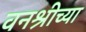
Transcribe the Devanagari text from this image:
वनश्रीच्या